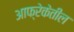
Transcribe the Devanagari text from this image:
आफ्रेकेतील